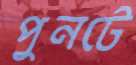
পুনটে